Report on vaccination in Madras 1895-1903 - 1895-1903
Year: 1895
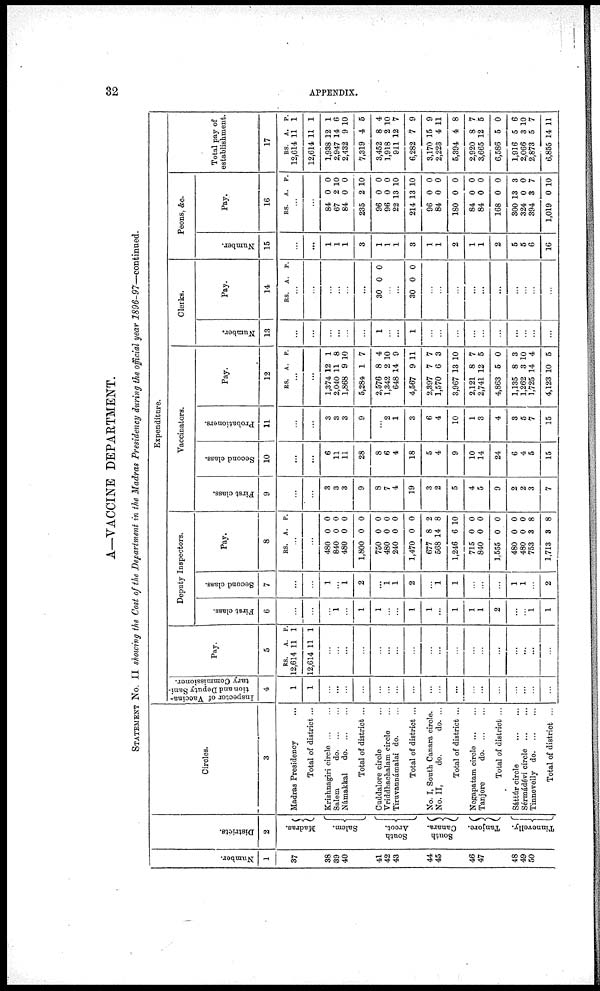
32
APPENDIX.
A—VACCINE DEPARTMENT.
STATEMENT No. II showing the Cost of the Department in the Madras Presidency during the official year 1896-97—continued.
Number.
1
37
38
39
40
41
42
43
44
45
46
47
48
49
50
Districts.
2
Madras.
Salem.
South
Arcot.
South
Canara.
Tanjore.
Tinnevelly.
Circles.
3
Madras Presidency ...
Total of district ...
Krishnagiri circle ... ...
Salem
d
o
. ... ...
Námakkal
d
o
. ... ...
Total of district ...
Cuddalore circle ...
Vriddhachalam circle ...
Tiruvannámalai do. ...
Total of district ...
No. I, South Canara circle.
No. II,
do.
do. ...
Total of district ...
Negapatam circle ... ...
Tanjore
d
o
. ... ...
Total of district ...
Sáttúr circle ... ...
Sérmádevi circle
...
...
Tinnevelly d
o
. ... ...
Total of district ...
Expenditure.
Inspector of Vaccina-
tion and Deputy Sani-
tary Commissioner.
4
1
1
...
...
...
...
...
...
...
...
...
...
...
...
...
...
...
...
...
...
Pay.
5
RS.
12,614
12,614
A.
11
11
P.
1
1
...
...
...
...
...
...
...
...
...
...
...
...
...
...
...
...
...
...
Deputy Inspectors.
First class.
6
...
...
...
1
...
1
1
...
...
1
1
...
1
1
1
2
...
...
1
1
Second class.
7
...
...
1
...
1
2
...
1
1
2
...
1
1
...
...
...
1
1
...
2
Pay.
8
RS. A. P.
...
...
480
840
480
1,800
750
480
240
1,470
677
568
1,246
715
840
1,555
480
480
753
1,713
0
0
0
0
0
0
0
0
8
14
6
0
0
0
0
0
3
3
0
0
0
0
0
0
0
0
2
8
10
0
0
0
0
0
8
8
Vaccinators.
First class.
9
...
...
3
3
3
9
8
7
4
19
3
2
5
4
5
9
2
2
3
7
Second class.
10
...
...
6
11
11
28
8
6
4
18
5
4
9
10
14
24
6
4
5
15
Probationers.
11
...
...
3
3
3
9
...
2
1
3
6
4
10
1
3
4
3
5
7
15
Pay.
12
RS. A. P.
...
...
1,374
2,040
1,868
5,284
2,576
1,342
648
4,567
2,397
1,570
3,967
2,121
2,741
4,863
1,135
1,262
1,725
4,123
12
11
9
1
8
2
14
9
7
6
13
8
12
5
8
3
14
10
1
8
10
7
4
10
9
11
7
3
10
7
5
0
3
10
4
5
Clerks.
Number.
13
...
...
...
...
...
...
1
...
...
1
...
...
...
...
...
...
...
...
...
...
Pay.
14
RS. A. P.
...
...
...
...
...
...
30 0 0
...
...
30 0 0
...
...
...
...
...
...
...
...
...
...
Peons, &c.
Number.
15
...
...
1
1
1
3
1
1
1
3
1
1
2
1
1
2
5
5
6
16
Pay.
16
RS. A. P.
...
...
84
67
84
235
96
96
22
214
96
84
180
84
84
168
300
324
394
1,019
0
2
0
2
0
0
13
13
0
0
0
0
0
0
13
0
3
0
0
10
0
10
0
0
10
10
0
0
0
0
0
0
3
0
7
10
Total pay of
establishment.
17
RS.
12,614
12,614
1,938
2,947
2,432
7,319
3,452
1,918
911
6,282
3,170
2,223
5,394
2,920
3,665
6,586
1,916
2,066
2,873
6,855
A.
11
11
12
14
9
4
8
2
12
7
15
4
4
8
12
5
5
3
5
14
P.
1
1
1
6
10
5
4
10
7
9
9
11
8
7
5
0
6
10
7
11